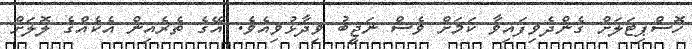
ހޮސްޕިޓަލަށް ގެންދެވިފައިވާ ކަމަށް ވެސް ނަޖީބު ވިދާޅުވިއެވެ. އޭގެ ތެރެއިން އެކެއްގެ ލޮލަށް